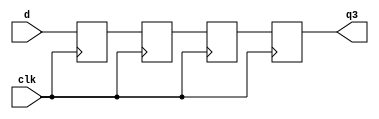
module non_blk1(clk, d, q3);
    input  clk;
    output q3;
    input  d;
    reg    q3, q2, q1, q0;

    always @(posedge clk) begin
        q3 <= q2;
        q2 <= q1;
        q1 <= q0;
        q0 <= d;
    end

endmodule